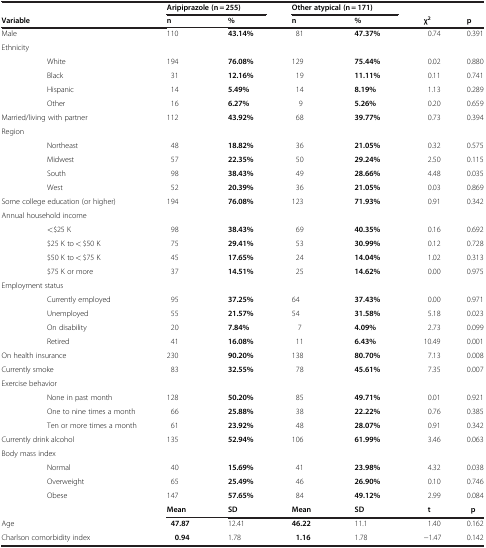
<table><thead><tr><td rowspan="2" colspan="2"><b>Variable</b></td><td colspan="2"><b>Aripiprazole (n = 255)</b></td><td colspan="2"><b>Other atypical (n = 171)</b></td><td rowspan="2"><b>χ<sup>2</sup></b></td><td rowspan="2"><b>p</b></td></tr><tr><td><b>n</b></td><td><b>%</b></td><td><b>n</b></td><td><b>%</b></td></tr></thead><tbody><tr><td>Male</td><td> </td><td>110</td><td><b>43.14%</b></td><td>81</td><td><b>47.37%</b></td><td>0.74</td><td>0.391</td></tr><tr><td colspan="2">Ethnicity</td><td> </td><td> </td><td> </td><td> </td><td> </td><td> </td></tr><tr><td> </td><td>White</td><td>194</td><td><b>76.08%</b></td><td>129</td><td><b>75.44%</b></td><td>0.02</td><td>0.880</td></tr><tr><td> </td><td>Black</td><td>31</td><td><b>12.16%</b></td><td>19</td><td><b>11.11%</b></td><td>0.11</td><td>0.741</td></tr><tr><td> </td><td>Hispanic</td><td>14</td><td><b>5.49%</b></td><td>14</td><td><b>8.19%</b></td><td>1.13</td><td>0.289</td></tr><tr><td> </td><td>Other</td><td>16</td><td><b>6.27%</b></td><td>9</td><td><b>5.26%</b></td><td>0.20</td><td>0.659</td></tr><tr><td colspan="2">Married/living with partner</td><td>112</td><td><b>43.92%</b></td><td>68</td><td><b>39.77%</b></td><td>0.73</td><td>0.394</td></tr><tr><td colspan="2">Region</td><td> </td><td> </td><td> </td><td> </td><td> </td><td> </td></tr><tr><td> </td><td>Northeast</td><td>48</td><td><b>18.82%</b></td><td>36</td><td><b>21.05%</b></td><td>0.32</td><td>0.575</td></tr><tr><td> </td><td>Midwest</td><td>57</td><td><b>22.35%</b></td><td>50</td><td><b>29.24%</b></td><td>2.50</td><td>0.115</td></tr><tr><td> </td><td>South</td><td>98</td><td><b>38.43%</b></td><td>49</td><td><b>28.66%</b></td><td>4.48</td><td>0.035</td></tr><tr><td> </td><td>West</td><td>52</td><td><b>20.39%</b></td><td>36</td><td><b>21.05%</b></td><td>0.03</td><td>0.869</td></tr><tr><td colspan="2">Some college education (or higher)</td><td>194</td><td><b>76.08%</b></td><td>123</td><td><b>71.93%</b></td><td>0.91</td><td>0.342</td></tr><tr><td colspan="2">Annual household income</td><td> </td><td> </td><td> </td><td> </td><td> </td><td> </td></tr><tr><td> </td><td>&lt;$25 K</td><td>98</td><td><b>38.43%</b></td><td>69</td><td><b>40.35%</b></td><td>0.16</td><td>0.692</td></tr><tr><td> </td><td>$25 K to &lt; $50 K</td><td>75</td><td><b>29.41%</b></td><td>53</td><td><b>30.99%</b></td><td>0.12</td><td>0.728</td></tr><tr><td> </td><td>$50 K to &lt; $75 K</td><td>45</td><td><b>17.65%</b></td><td>24</td><td><b>14.04%</b></td><td>1.02</td><td>0.313</td></tr><tr><td> </td><td>$75 K or more</td><td>37</td><td><b>14.51%</b></td><td>25</td><td><b>14.62%</b></td><td>0.00</td><td>0.975</td></tr><tr><td colspan="2">Employment status</td><td> </td><td> </td><td> </td><td> </td><td> </td><td> </td></tr><tr><td> </td><td>Currently employed</td><td>95</td><td><b>37.25%</b></td><td>64</td><td><b>37.43%</b></td><td>0.00</td><td>0.971</td></tr><tr><td> </td><td>Unemployed</td><td>55</td><td><b>21.57%</b></td><td>54</td><td><b>31.58%</b></td><td>5.18</td><td>0.023</td></tr><tr><td> </td><td>On disability</td><td>20</td><td><b>7.84%</b></td><td>7</td><td><b>4.09%</b></td><td>2.73</td><td>0.099</td></tr><tr><td> </td><td>Retired</td><td>41</td><td><b>16.08%</b></td><td>11</td><td><b>6.43%</b></td><td>10.49</td><td>0.001</td></tr><tr><td colspan="2">On health insurance</td><td>230</td><td><b>90.20%</b></td><td>138</td><td><b>80.70%</b></td><td>7.13</td><td>0.008</td></tr><tr><td colspan="2">Currently smoke</td><td>83</td><td><b>32.55%</b></td><td>78</td><td><b>45.61%</b></td><td>7.35</td><td>0.007</td></tr><tr><td colspan="2">Exercise behavior</td><td> </td><td> </td><td> </td><td> </td><td> </td><td> </td></tr><tr><td> </td><td>None in past month</td><td>128</td><td><b>50.20%</b></td><td>85</td><td><b>49.71%</b></td><td>0.01</td><td>0.921</td></tr><tr><td> </td><td>One to nine times a month</td><td>66</td><td><b>25.88%</b></td><td>38</td><td><b>22.22%</b></td><td>0.76</td><td>0.385</td></tr><tr><td> </td><td>Ten or more times a month</td><td>61</td><td><b>23.92%</b></td><td>48</td><td><b>28.07%</b></td><td>0.91</td><td>0.342</td></tr><tr><td colspan="2">Currently drink alcohol</td><td>135</td><td><b>52.94%</b></td><td>106</td><td><b>61.99%</b></td><td>3.46</td><td>0.063</td></tr><tr><td colspan="2">Body mass index</td><td> </td><td> </td><td> </td><td> </td><td> </td><td> </td></tr><tr><td> </td><td>Normal</td><td>40</td><td><b>15.69%</b></td><td>41</td><td><b>23.98%</b></td><td>4.32</td><td>0.038</td></tr><tr><td> </td><td>Overweight</td><td>65</td><td><b>25.49%</b></td><td>46</td><td><b>26.90%</b></td><td>0.10</td><td>0.746</td></tr><tr><td rowspan="2"> </td><td rowspan="2">Obese</td><td>147</td><td><b>57.65%</b></td><td>84</td><td><b>49.12%</b></td><td>2.99</td><td>0.084</td></tr><tr><td><b>Mean</b></td><td><b>SD</b></td><td><b>Mean</b></td><td><b>SD</b></td><td><b>t</b></td><td><b>p</b></td></tr><tr><td>Age</td><td> </td><td><b>47.87</b></td><td>12.41</td><td><b>46.22</b></td><td>11.1</td><td>1.40</td><td>0.162</td></tr><tr><td colspan="2">Charlson comorbidity index</td><td><b>0.94</b></td><td>1.78</td><td><b>1.16</b></td><td>1.78</td><td>−1.47</td><td>0.142</td></tr></tbody></table>